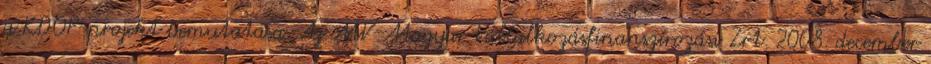
a KDOP-projekt bemutatása. Az MV-Magyar Vállalkozásfinanszírozási Zrt. 2008. december